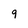
Character: 9